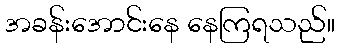
အခန်းအောင်းနေ နေကြရသည်။